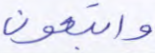
واتبعون